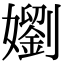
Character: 嬼